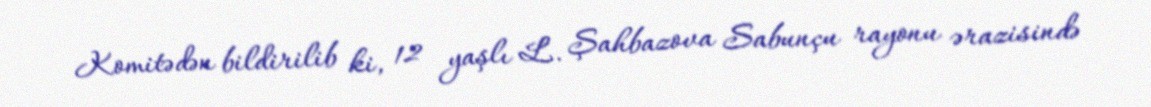
Komitədən bildirilib ki, 12 yaşlı L. Şahbazova Sabunçu rayonu ərazisində